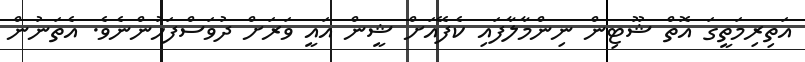
އަތިރިމަތީގަ އޮތް ޝޫޓިން ނިންމާލާފައި ކެފޭއަށް ޝީން އައީ ވަރަށް ދުވަސްފަހުންނެވެ. އެތަނުން